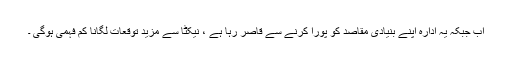
اب جبکہ یہ ادارہ اپنے بنیادی مقاصد کو پورا کرنے سے قاصر رہا ہے ، نیکٹا سے مزید توقعات لگانا کم فہمی ہوگی ۔